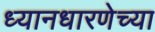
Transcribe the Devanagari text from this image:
ध्यानधारणेच्या